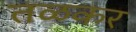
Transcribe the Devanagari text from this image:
तळकर